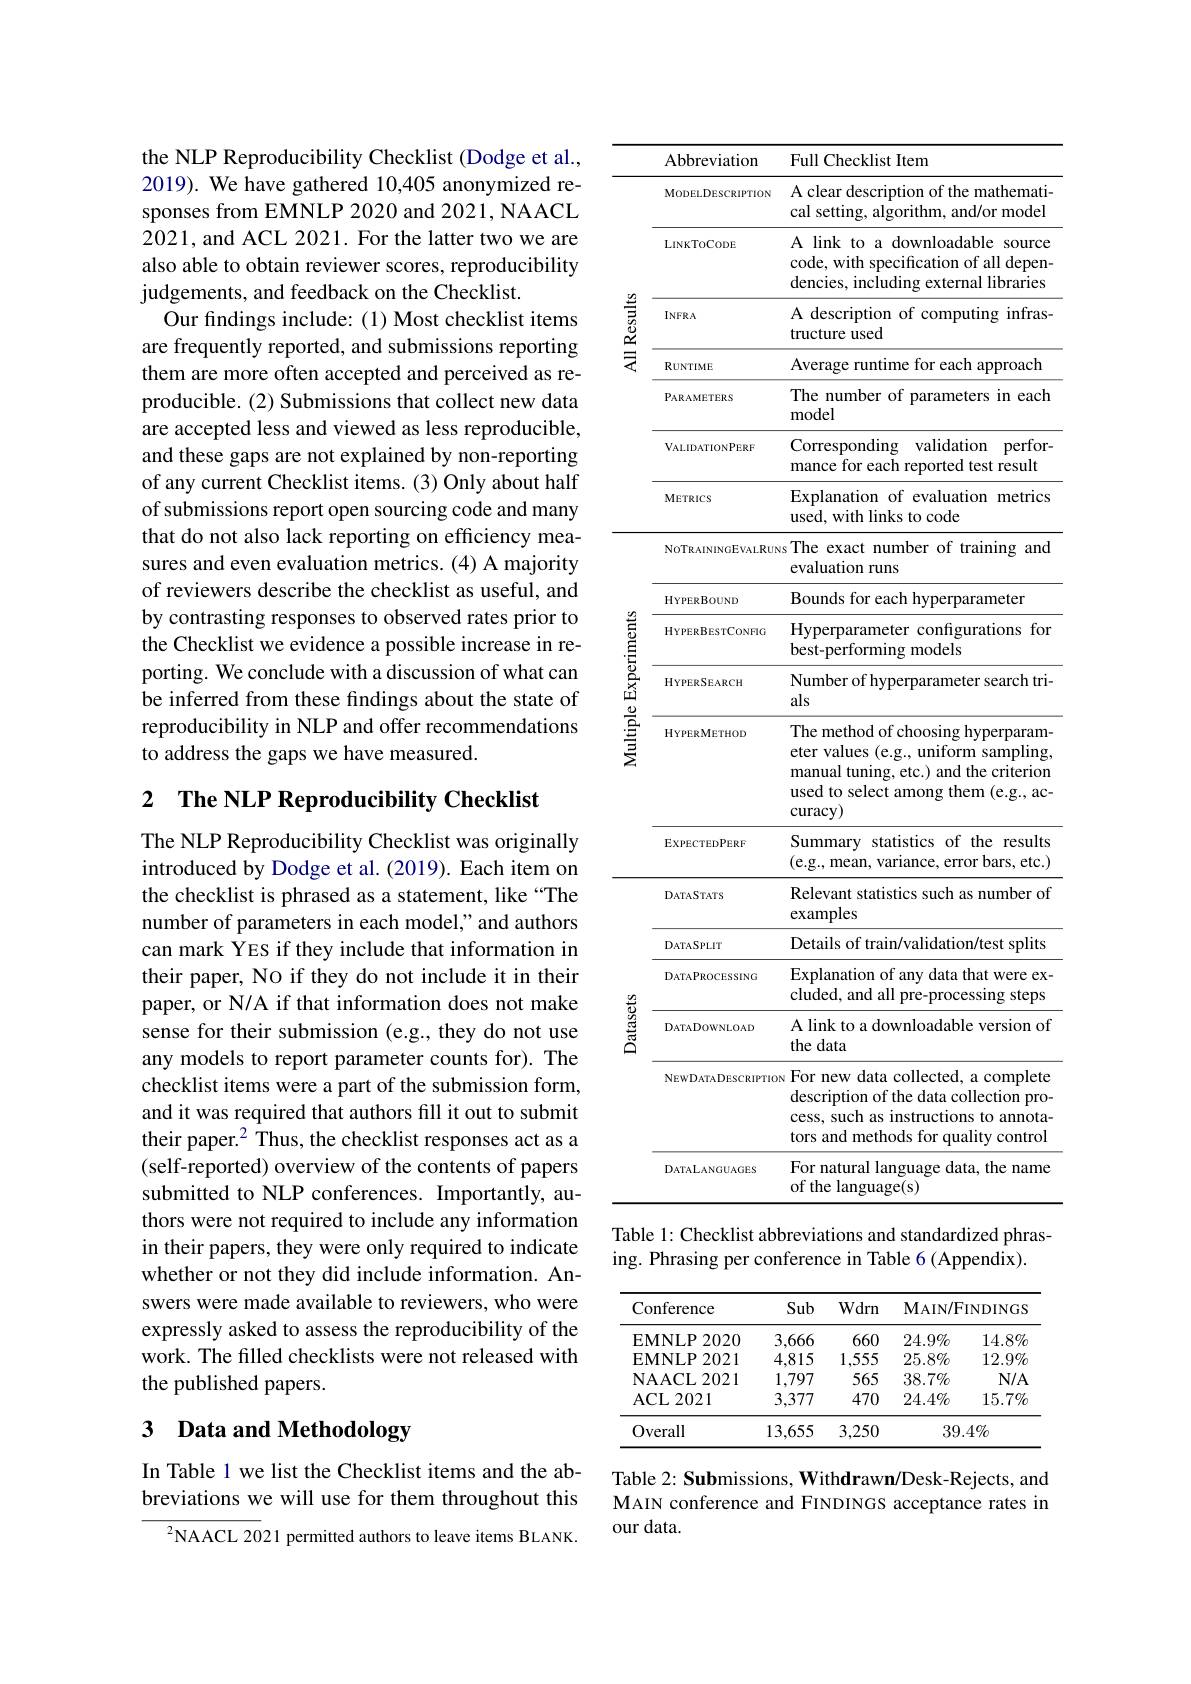
the NLP Reproducibility Checklist (Dodge et al., 2019). We have gathered 10,405 anonymized responses from EMNLP 2020 and 2021, NAACL 2021, and ACL 2021. For the latter two we are also able to obtain reviewer scores, reproducibility judgements, and feedback on the Checklist.
Our findings include: (1) Most checklist items are frequently reported, and submissions reporting them are more often accepted and perceived as reproducible. (2) Submissions that collect new data are accepted less and viewed as less reproducible, and these gaps are not explained by non-reporting of any current Checklist items. (3) Only about half of submissions report open sourcing code and many that do not also lack reporting on efficiency measures and even evaluation metrics. (4) A majority of reviewers describe the checklist as useful, and by contrasting responses to observed rates prior to the Checklist we evidence a possible increase in reporting. We conclude with a discussion of what can be inferred from these findings about the state of reproducibility in NLP and offer recommendations to address the gaps we have measured.

## 2 $\textbf{The NLP Reproducibility Checklist}$

The NLP Reproducibility Checklist was originally introduced by Dodge et al. (2019). Each item on the checklist is phrased as a statement, like “The number of parameters in each model," and authors can mark YES if they include that information in their paper, No if they do not include it in their paper, or N/A if that information does not make sense for their submission (e.g., they do not use any models to report parameter counts for). The checklist items were a part of the submission form, and it was required that authors fill it out to submit their paper.$^2$ Thus, the checklist responses act as a (self-reported) overview of the contents of papers submitted to NLP conferences. Importantly, authors were not required to include any information in their papers, they were only required to indicate whether or not they did include information. Answers were made available to reviewers, who were expressly asked to assess the reproducibility of the work. The filled checklists were not released with the published papers.

### 3 Data and Methodology

In Table 1 we list the Checklist items and the abbreviations we will use for them throughout this

${}^{2}$NAACL 2021 permitted authors to leave items BLANK.

<table>
	<tbody>
		<tr>
			<th> </th>
			<th>Abbreviation</th>
			<th>Full Checklist Item</th>
		</tr>
		<tr>
			<td rowspan="1">All Results</td>
			<td>MoDELDESCRIPTION</td>
			<td>A clear description of the mathemati- cal setting, algorithm, and/or model</td>
		</tr>
		<tr>
			<td rowspan="9">$\begin{array}{c}{\frac{g}{3}}\\{\frac{g}{3}}\\{\frac{g}{2}}\end{array}$ $\bar{\text{乏}}$ </td>
			<td>LINKTOCODE</td>
			<td>A link to a downloadable source code, with specification of all depen dencies, including external libraries</td>
		</tr>
		<tr>
			<td>$INFRA$</td>
			<td>A description of computing infras- tructure used</td>
		</tr>
		<tr>
			<td>RUNTIME</td>
			<td>Average runtime for each approach</td>
		</tr>
		<tr>
			<td>PARAMETERS</td>
			<td>The number of parameters in each model</td>
		</tr>
		<tr>
			<td>VALIDATIONPERF</td>
			<td>Corresponding validation perfor- mance for each reported test result</td>
		</tr>
		<tr>
			<td>METRICS</td>
			<td>Explanation of evaluation metrics used, with links to code</td>
		</tr>
		<tr>
			<td>NoTRAININGEVALRUN</td>
			<td>The exact number of training and evaluation runs</td>
		</tr>
		<tr>
			<td>HYPERBOUND</td>
			<td>Bounds for each hyperparameter</td>
		</tr>
		<tr>
			<td>HYPERBESTCONFIG</td>
			<td>Hyperparameter configurations for best-performing models</td>
		</tr>
		<tr>
			<td rowspan="3">Experiments Multiple I</td>
			<td>HYPERSEARCH</td>
			<td>Number of hyperparameter search tri- als</td>
		</tr>
		<tr>
			<td>HYPERMETHOD</td>
			<td>The method of choosing hyperparam- eter values (e.g., uniform sampling manual tuning, etc.) and the criterion used to select among them (e.g., ac- $curacy)$</td>
		</tr>
		<tr>
			<td>EXPECTEDPERF</td>
			<td>Summary statistics of the results (e.g., mean, variance, error bars, etc.)</td>
		</tr>
		<tr>
			<td> </td>
			<td>DATASTATS</td>
			<td>Relevant statistics such as number of examples</td>
		</tr>
		<tr>
			<td rowspan="5">Datasets</td>
			<td>DATASPLIT</td>
			<td>Details of train/validation/test splits</td>
		</tr>
		<tr>
			<td>DATAPROCESSING</td>
			<td>Explanation of any data that were ex- cluded, and all pre-processing steps</td>
		</tr>
		<tr>
			<td>DATADOWNLOAD</td>
			<td>A link to a downloadable version of the data</td>
		</tr>
		<tr>
			<td>NEWDATADESCRIPTION</td>
			<td>For new data collected, a complete description of the data collection pro- cess, such as instructions to annota- tors and methods for quality control</td>
		</tr>
		<tr>
			<td>DATALANGUAGES</td>
			<td>For natural language data, the name of the language(s)</td>
		</tr>
	</tbody>
</table>
ing. Phrasing per conference in Table 6 (Appendix).

<table>
	<tbody>
		<tr>
			<th>Conference</th>
			<th>Sub</th>
			<th>Wdrn</th>
			<th>MAIN/ F</th>
			<th>INDINGS</th>
		</tr>
		<tr>
			<td>EMNLP 2020</td>
			<td>3,666</td>
			<td>660</td>
			<td>$24.9\%$</td>
			<td>$14.8\%$</td>
		</tr>
		<tr>
			<td>EMNLP 2021</td>
			<td>4.815</td>
			<td>1,555</td>
			<td>$25.8\%$</td>
			<td>$12.9\%$</td>
		</tr>
		<tr>
			<td>NACL 2021</td>
			<td>1,797</td>
			<td>565</td>
			<td>$38.7\%$</td>
			<td>$N/A$</td>
		</tr>
		<tr>
			<td>ACL 2021</td>
			<td>3,377</td>
			<td>470</td>
			<td>$24.4\%$</td>
			<td>$15.7\%$</td>
		</tr>
		<tr>
			<td>Overall</td>
			<td>13,655</td>
			<td>3,250</td>
			<td>39.</td>
			<td>$4\%$</td>
		</tr>
	</tbody>
</table>

Table 2: Submissions, Withdrawn/Desk-Rejects, and MAIN conference and FINDINGS acceptance rates in our data.